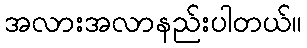
အလားအလာနည်းပါတယ်။